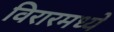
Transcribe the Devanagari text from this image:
विरारमध्ये